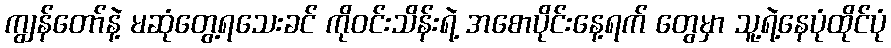
ကျွန်တော်နဲ့ မဆုံတွေ့ရသေးခင် ကိုဝင်းသိန်းရဲ့ အစောပိုင်းနေ့ရက် တွေမှာ သူ့ရဲ့နေပုံထိုင်ပုံ